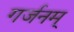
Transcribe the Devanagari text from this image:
गर्जनम्‌